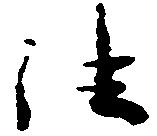
法